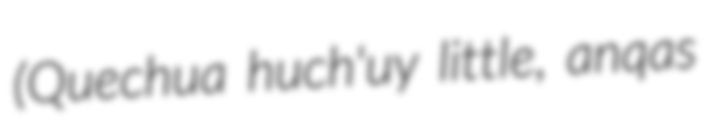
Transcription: (Quechua huch'uy little, anqas